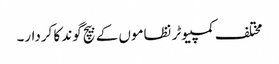
مختلف کمپیوٹر نظاموں کے بیچ گوند کا کردار۔